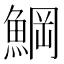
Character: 𩸒